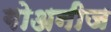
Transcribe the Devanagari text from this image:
गोअनीज